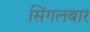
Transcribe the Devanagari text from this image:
सिंगलबार